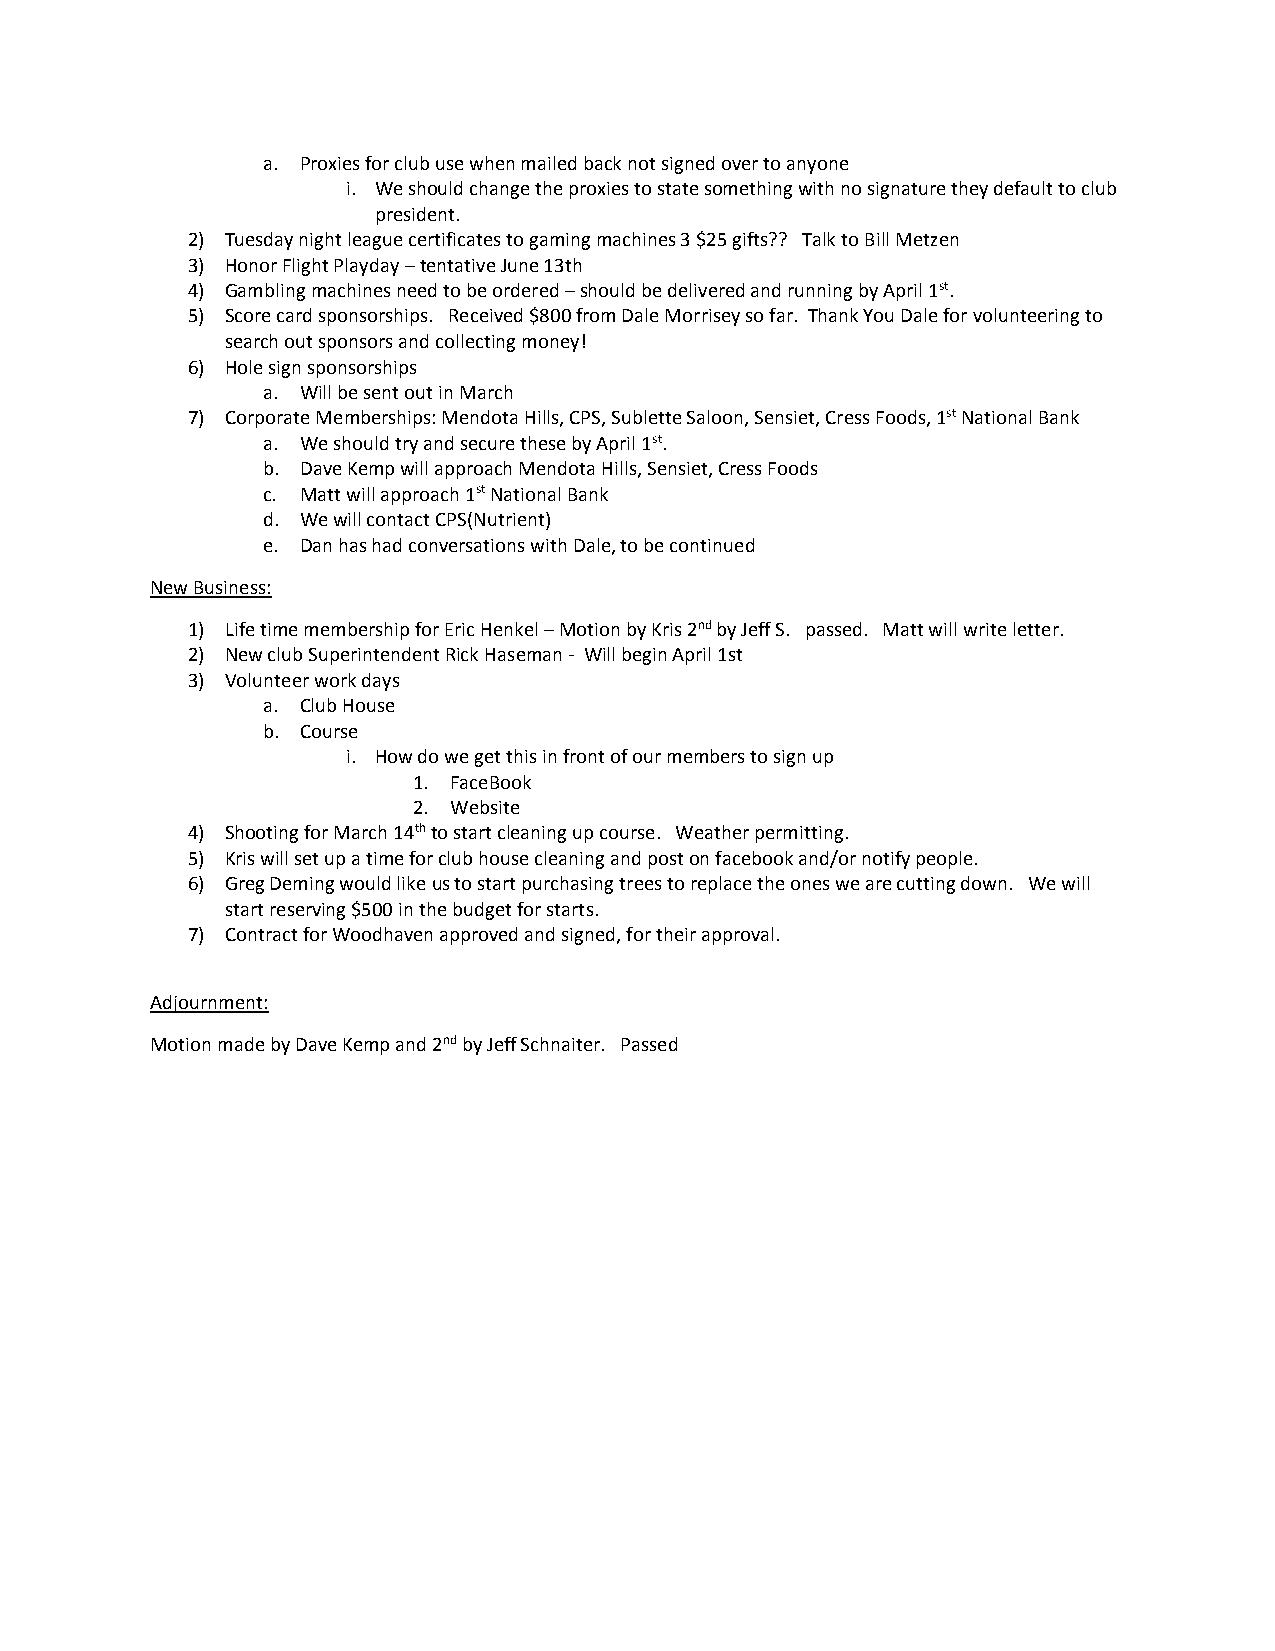
a. Proxies for club use when mailed back not signed over to anyone
 i. We should change the proxies to state something with no signature they default to club
 president.
 2) Tuesday night league certificates to gaming machines 3 $25 gifts?? Talk to Bill Metzen
 3) Honor Flight Playday – tentative June 13th
 4) Gambling machines need to be ordered – should be delivered and running by April 1st.
 5) Score card sponsorships. Received $800 from Dale Morrisey so far. Thank You Dale for volunteering to
 search out sponsors and collecting money!
 6) Hole sign sponsorships
 a. Will be sent out in March
 7) Corporate Memberships: Mendota Hills, CPS, Sublette Saloon, Sensiet, Cress Foods, 1st National Bank
 a. We should try and secure these by April 1st.
 b. Dave Kemp will approach Mendota Hills, Sensiet, Cress Foods
 c. Matt will approach 1st National Bank
 d. We will contact CPS(Nutrient)
 e. Dan has had conversations with Dale, to be continued
 New Business:
 1) Life time membership for Eric Henkel – Motion by Kris 2nd by Jeff S. passed. Matt will write letter.
 2) New club Superintendent Rick Haseman - Will begin April 1st
 3) Volunteer work days
 a. Club House
 b. Course
 i. How do we get this in front of our members to sign up
 1. FaceBook
 2. Website
 4) Shooting for March 14th to start cleaning up course. Weather permitting.
 5) Kris will set up a time for club house cleaning and post on facebook and/or notify people.
 6) Greg Deming would like us to start purchasing trees to replace the ones we are cutting down. We will
 start reserving $500 in the budget for starts.
 7) Contract for Woodhaven approved and signed, for their approval.
 Adjournment:
 Motion made by Dave Kemp and 2nd by Jeff Schnaiter. Passed